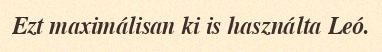
Ezt maximálisan ki is használta Leó.